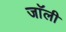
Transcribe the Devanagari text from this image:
जाॅली